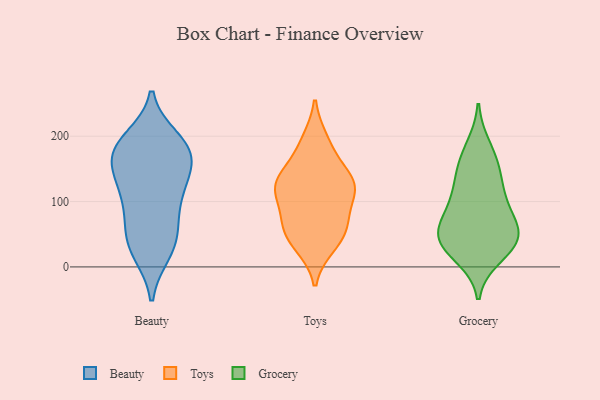
{"axis": {"x": "Page Views", "y": "Value"}, "legend": ["Beauty", "Grocery", "Toys"], "data": [{"x": "", "y": 115, "type": "Beauty"}, {"x": "", "y": 67, "type": "Beauty"}, {"x": "", "y": 165, "type": "Beauty"}, {"x": "", "y": 188, "type": "Beauty"}, {"x": "", "y": 183, "type": "Beauty"}, {"x": "", "y": 43, "type": "Beauty"}, {"x": "", "y": 144, "type": "Beauty"}, {"x": "", "y": 195, "type": "Beauty"}, {"x": "", "y": 88, "type": "Beauty"}, {"x": "", "y": 46, "type": "Beauty"}, {"x": "", "y": 121, "type": "Beauty"}, {"x": "", "y": 164, "type": "Beauty"}, {"x": "", "y": 118, "type": "Beauty"}, {"x": "", "y": 22, "type": "Beauty"}, {"x": "", "y": 170, "type": "Beauty"}, {"x": "", "y": 182, "type": "Beauty"}, {"x": "", "y": 23, "type": "Beauty"}, {"x": "", "y": 70, "type": "Toys"}, {"x": "", "y": 47, "type": "Toys"}, {"x": "", "y": 124, "type": "Toys"}, {"x": "", "y": 130, "type": "Toys"}, {"x": "", "y": 123, "type": "Toys"}, {"x": "", "y": 111, "type": "Toys"}, {"x": "", "y": 71, "type": "Toys"}, {"x": "", "y": 195, "type": "Toys"}, {"x": "", "y": 160, "type": "Toys"}, {"x": "", "y": 31, "type": "Toys"}, {"x": "", "y": 30, "type": "Grocery"}, {"x": "", "y": 110, "type": "Grocery"}, {"x": "", "y": 17, "type": "Grocery"}, {"x": "", "y": 149, "type": "Grocery"}, {"x": "", "y": 91, "type": "Grocery"}, {"x": "", "y": 43, "type": "Grocery"}, {"x": "", "y": 43, "type": "Grocery"}, {"x": "", "y": 45, "type": "Grocery"}, {"x": "", "y": 61, "type": "Grocery"}, {"x": "", "y": 44, "type": "Grocery"}, {"x": "", "y": 78, "type": "Grocery"}, {"x": "", "y": 123, "type": "Grocery"}, {"x": "", "y": 183, "type": "Grocery"}, {"x": "", "y": 160, "type": "Grocery"}]}